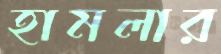
হামলার